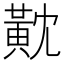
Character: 黆